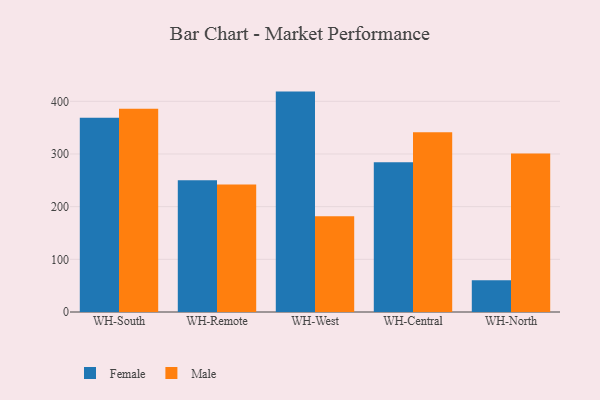
{"axis": {"x": "Warehouse", "y": "Bounce Rate (%)"}, "legend": ["Female", "Male"], "data": [{"x": "WH-South", "y": 368.9, "type": "Female"}, {"x": "WH-South", "y": 385.7, "type": "Male"}, {"x": "WH-Remote", "y": 250.1, "type": "Female"}, {"x": "WH-Remote", "y": 242.3, "type": "Male"}, {"x": "WH-West", "y": 418.5, "type": "Female"}, {"x": "WH-West", "y": 181.6, "type": "Male"}, {"x": "WH-Central", "y": 284.2, "type": "Female"}, {"x": "WH-Central", "y": 341.1, "type": "Male"}, {"x": "WH-North", "y": 60.1, "type": "Female"}, {"x": "WH-North", "y": 300.8, "type": "Male"}]}